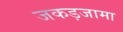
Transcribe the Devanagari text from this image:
जकड़जामा